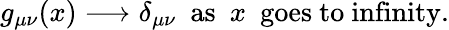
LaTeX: g_{\mu\nu}(x)\longrightarrow\delta_{\mu\nu}\ \ \mathrm{as}\ \ x\ \ \mathrm{goes\ to\ infinity.}